Annual report on the working of the Harcourt Butler Institute of Public Health, Rangoon
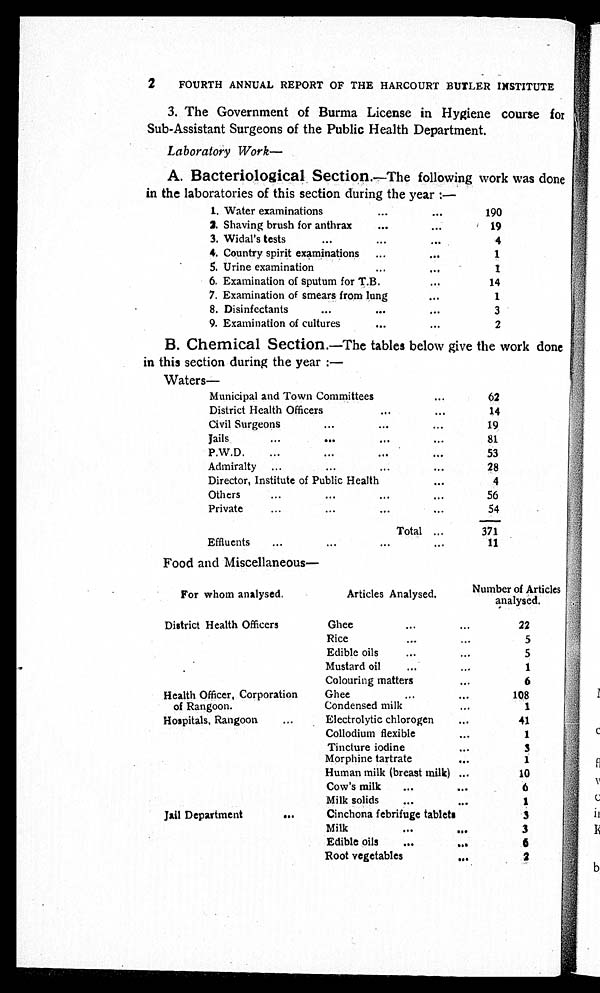
2
FOURTH ANNUAL REPORT OF THE HARCOURT BUTLER INSTITUTE
3. The Government of Burma License in Hygiene course for
Sub-Assistant Surgeons of the Public Health Department.
Laboratory Work—
A. Bacteriological Section.—The following work was done
in the laboratories of this section during the year :—
1. Water examinations . . .
190
2. Shaving brush for anthrax . . .
19
3. Widal's tests . . .
4
4. Country spirit examinations . . .
1
5. Urine examination . . .
1
6. Examination of sputum for T.B. . . .
14
7. Examination of smears from lung . . .
1
8. Disinfectants . . .
3
9. Examination of cultures . . .
2
B. Chemical Section.—The tables below give the work done
in this section during the year :—
Waters—
Municipal and Town Committees . . .
62
District Health Officers. . .
14
Civil Surgeons . . .
19
Jails. . .
81
P.W.D. . . .
53
A d m i r a l t y
. . .
28
Director, Institute of Public Health . . .
4
Others . . .
56
Private...
54
Total . . .
371
E f f l u e n t s . . .
11
Food and Miscellaneous—
For whom analysed.
Articles Analysed.
Number of Articles
analysed.
District Health Officers
Ghee . . .
22
Rice . . .
5
Edible oils . . .
5
Mustard oil . . .
1
Colouring matters . . .
6
Health Officer, Corporation
of Rangoon.
G h e e . . .
108
Condensed milk . . .
1
H o s p i t a l , R a n g o o n . . .
E l e c t r o l y t i c c h l o r o g e n . . .
41
Collodium flexible . . .
1
Tincture iodine . . .
3
Morphine tartrate . . .
1
Human milk (breast milk) . . .
10
Cow's milk . . .
6
Milk solids . . .
1
Jail Department . . .
Cinchona febrifuge tablets
3
Milk
. . .
3
Edible oils . . .
6
Root vegetables . . .
2